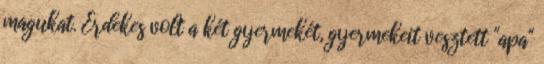
magukat. Érdekes volt a két gyermekét, gyermekeit vesztett "apa"